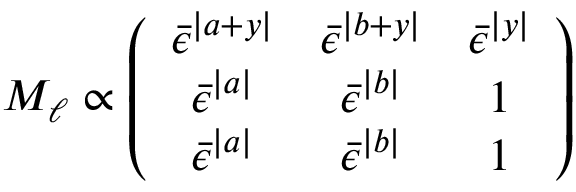
M _ { \ell } \propto \left( \begin{array} { c c c } { { \bar { \epsilon } ^ { | a + y | } } } & { { \bar { \epsilon } ^ { | b + y | } } } & { { \bar { \epsilon } ^ { | y | } } } \\ { { \bar { \epsilon } ^ { | a | } } } & { { \bar { \epsilon } ^ { | b | } } } & { { 1 } } \\ { { \bar { \epsilon } ^ { | a | } } } & { { \bar { \epsilon } ^ { | b | } } } & { { 1 } } \end{array} \right)